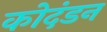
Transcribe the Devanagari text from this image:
कोदंडन